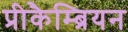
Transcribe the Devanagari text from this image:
प्रीकैम्ब्रियन